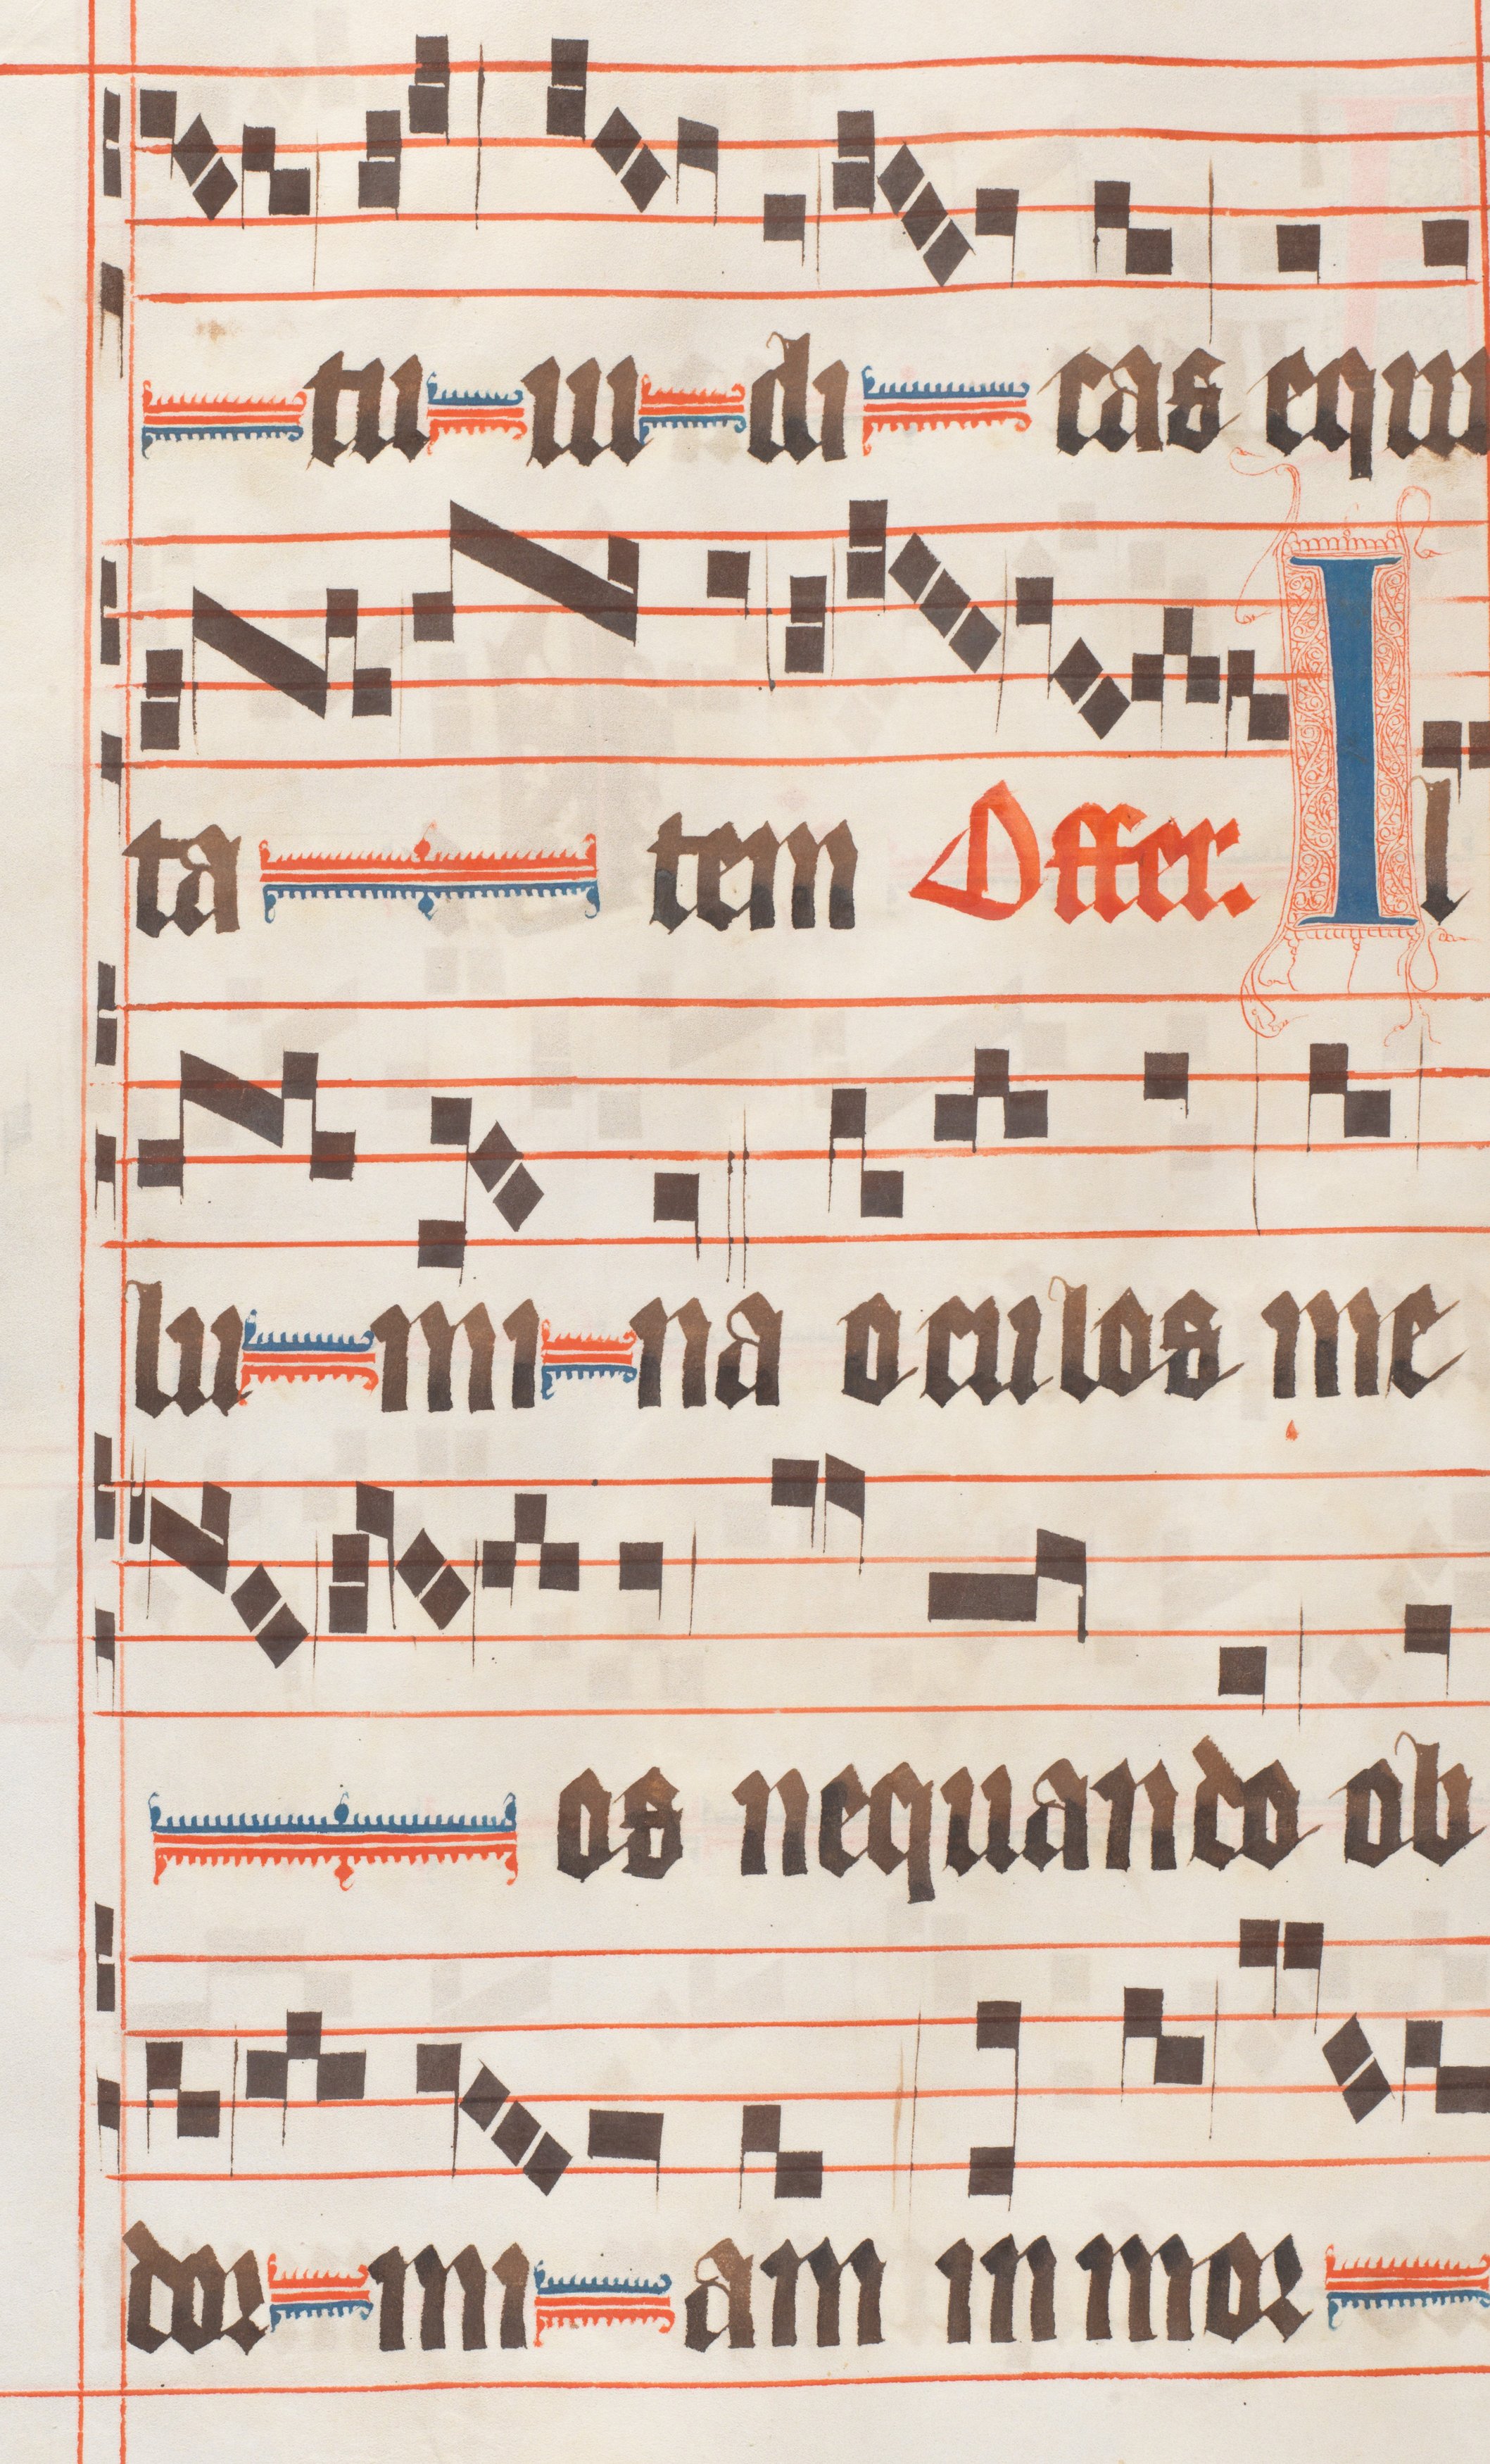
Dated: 1330–1335